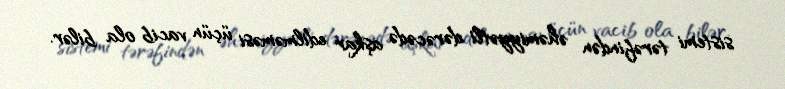
sistemi tərəfindən əhəmiyyətli dərəcədə aşkar edilməməsi üçün vacib ola bilər.